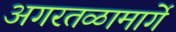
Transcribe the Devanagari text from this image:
अगरतळामार्गे